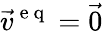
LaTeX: \vec{v}^{\mathrm{~e~q~}}=\vec{0}